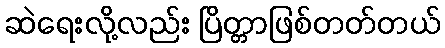
ဆဲရေးလို့လည်း ပြိတ္တာဖြစ်တတ်တယ်